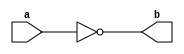
module NotGate(a,b) ;

output b ;
input a ;

nand(b,a,a) ;

endmodule 

module AndGate(a,b,c) ;

output c ;
input a,b ;
wire x ;

nand(x,a,b) ;
nand(c,x,x) ; 

endmodule 

module OrGate(a,b,c) ;

output c ;
input a,b ;
wire x,y ;

nand(x,a,a) ;
nand(y,b,b) ;
nand(c,x,y) ;

endmodule 

module XorGate(a,b,c) ;

output c ; 
input a,b ;
wire a_,b_,x,y ;

NotGate Na(a,a_) ;
NotGate Nb(b,b_) ;
AndGate A1(a,b_,x) ;
AndGate A2(a_,b,y) ;
OrGate O(x,y,c) ;

endmodule 

module XnorGate(a,b,c) ;

output c ;
input a,b ;
wire x ;

XorGate X(a,b,x) ;
NotGate N(x,c) ;

endmodule 

module FullAdder(a,b,c0,s,c) ;

output s,c ;
input a,b,c0 ;
wire c_,x,x_,y,y_ ;

NotGate N(c0,c_) ;
XorGate X1(a,b,x) ;
XnorGate X2(a,b,x_) ;
AndGate A(a,b,y) ;
OrGate O(a,b,y_) ;
AndGate As1(x,c_,s1) ;
AndGate As2(x_,c0,s2) ;
AndGate Ac1(y,c_,c1) ;
AndGate Ac2(y_,c0,c2) ;
OrGate S(s1,s2,s) ;
OrGate C(c1,c2,c) ;

endmodule 

module Add16Bit(a,b,s) ;

output [15:0] s ;
input [15:0] a,b ;
wire [15:0] c ;

FullAdder F0(a[0],b[0],1'b0,s[0],c[0]) ;
FullAdder F1(a[1],b[1],c[0],s[1],c[1]) ;
FullAdder F2(a[2],b[2],c[1],s[2],c[2]) ;
FullAdder F3(a[3],b[3],c[2],s[3],c[3]) ;
FullAdder F4(a[4],b[4],c[3],s[4],c[4]) ;
FullAdder F5(a[5],b[5],c[4],s[5],c[5]) ;
FullAdder F6(a[6],b[6],c[5],s[6],c[6]) ;
FullAdder F7(a[7],b[7],c[6],s[7],c[7]) ;
FullAdder F8(a[8],b[8],c[7],s[8],c[8]) ;
FullAdder F9(a[9],b[9],c[8],s[9],c[9]) ;
FullAdder F10(a[10],b[10],c[9],s[10],c[10]) ;
FullAdder F11(a[11],b[11],c[10],s[11],c[11]) ;
FullAdder F12(a[12],b[12],c[11],s[12],c[12]) ;
FullAdder F13(a[13],b[13],c[12],s[13],c[13]) ;
FullAdder F14(a[14],b[14],c[13],s[14],c[14]) ;
FullAdder F15(a[15],b[15],c[14],s[15],c[15]) ;

endmodule